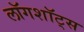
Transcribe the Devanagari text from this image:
लॉगशॉट्स